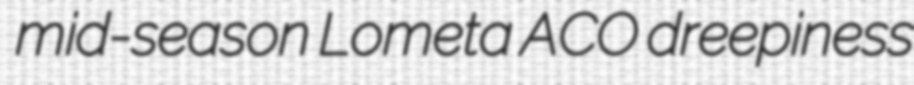
mid-season Lometa ACO dreepiness